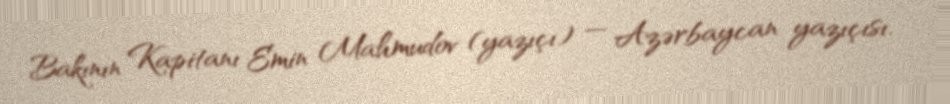
Bakının Kapitanı Emin Mahmudov (yazıçı) — Azərbaycan yazıçısı.